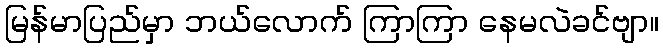
မြန်မာပြည်မှာ ဘယ်လောက် ကြာကြာ နေမလဲခင်ဗျာ။